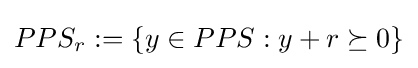
PPS_{r}:=\{y\in PPS:y+r\succeq 0\}